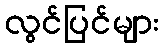
လွင်ပြင်များ